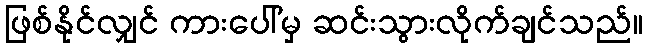
ဖြစ်နိုင်လျှင် ကားပေါ်မှ ဆင်းသွားလိုက်ချင်သည်။